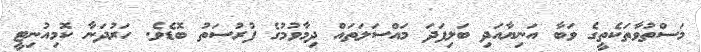
މަސްތުވާތަކެތީގެ ވަބާ އަނިޔާއަދި ބަލިފަދަ މައްސަލަތައް ދިމާވުމުގެ ފުރުސަތު ބޮޑެވެ. ހަރުދަނާ ކޮމިއުނިޓީ